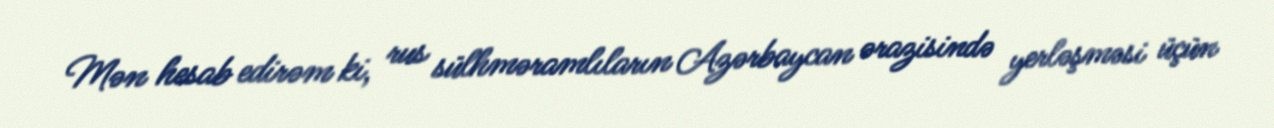
Mən hesab edirəm ki, rus sülhməramlıların Azərbaycan ərazisində yerləşməsi üçün